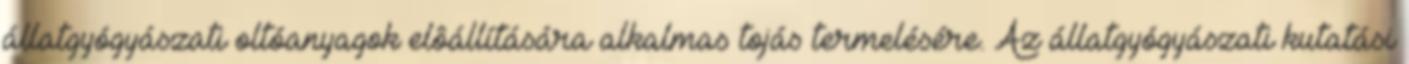
állatgyógyászati oltóanyagok elôállítására alkalmas tojás termelésére. Az állatgyógyászati kutatási